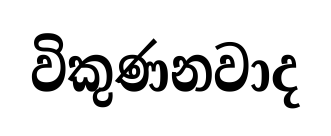
විකුණනවාද